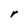
Character: r